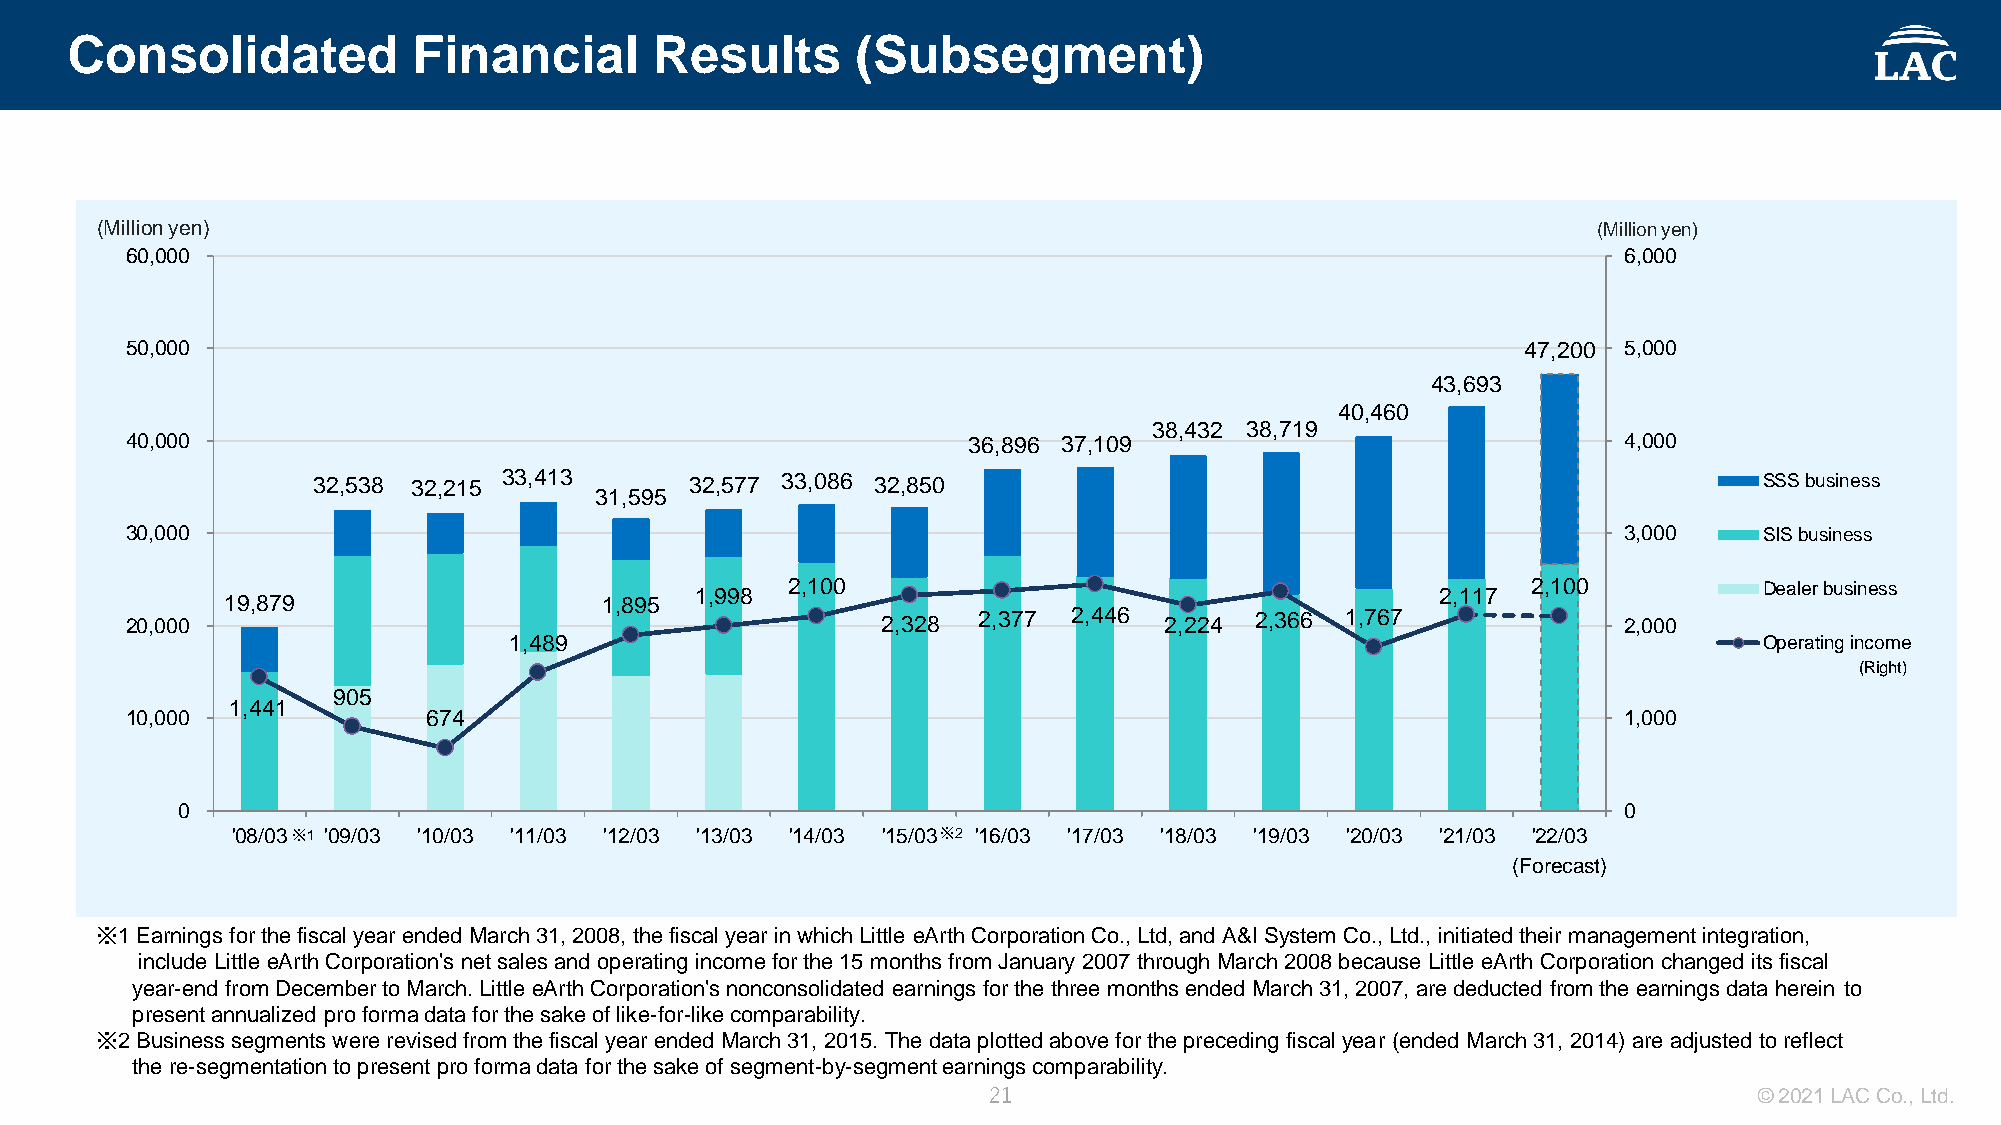
Consolidated           Financial       Results       (Subsegment)
 (Million yen)                                                                                       (Million yen)
 60,000                                                                                             6,000
 50,000                                                                                       47,200 5,000
 43,693
 40,460
 38,432 38,719
 40,000                                                  36,896 37,109                              4,000
 32,538 32,215 33,413     32,577 33,086 32,850                                                   SSS business
 31,595
 30,000                                                                                             3,000     SIS business
 19,879                   1,895 1,998 2,100                                      2,117 2,100           Dealer business
 20,000                                            2,328  2,377 2,446 2,224 2,366 1,767             2,000
 1,489                                                                              Operating income
 (Right)
 905
 1,441
 10,000              674                                                                            1,000
 0                                                                                              0
 '08/03※1 '09/03 '10/03 '11/03 '12/03 '13/03 '14/03 '15/03※2 '16/03 '17/03 '18/03 '19/03 '20/03 '21/03 '22/03
 (Forecast)
 ※1Earnings for the fiscal year ended March 31, 2008, the fiscal year in which Little eArthCorporation Co., Ltd, and A&I System Co., Ltd., initiated their management integration,
 include Little eArth Corporation's net sales and operating income for the 15 months from January 2007 through March 2008 because Little eArth Corporation changed its fiscal
 year-end from December to March. Little eArth Corporation's nonconsolidated earnings for the three months ended March 31, 2007, are deducted from the earnings data herein to
 present annualized pro forma data for the sake of like-for-like comparability.
 ※2Business segments were revised from the fiscal year ended March 31, 2015. The data plotted above for the preceding fiscal year (ended March 31, 2014) are adjusted to reflect
 the re-segmentation to present pro forma data for the sake of segment-by-segment earnings comparability.
 21                                                 © 2021 LAC Co., Ltd.